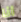
أنا